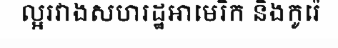
ល្អរវាងសហរដ្ឋអាមេរិក និងកូរ៉េ